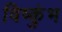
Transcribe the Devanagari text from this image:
विष्कुंभ